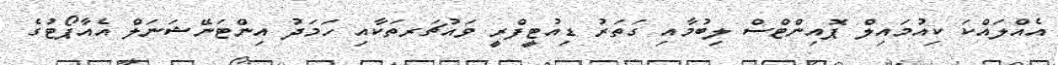
އެއްލައްކަ ކިއުމައިލް ޕޮއިންޓްސް ލިބުމާއި ގަތަރު ޑިއުޓީފްރީ ވައުޗަރތަކާއި ހަމަދު އިންޓަނޭޝަނަލް އެއާޕޯޓުގެ